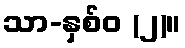
သာ-နှစ်ဝ (၂)။